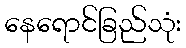
နေရောင်ခြည်သုံး